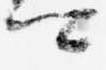
卿